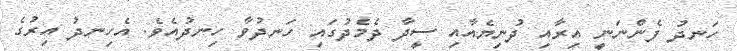
ހަނދު ފެންނަނީ އިރާއި ދުނިޔެއާއި ސީދާ ދެމެދުގައި ހަނދުވާ ހިނދުއެވެ. އެހިނދު އިރުގެ